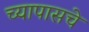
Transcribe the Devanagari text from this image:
च्यापासचे